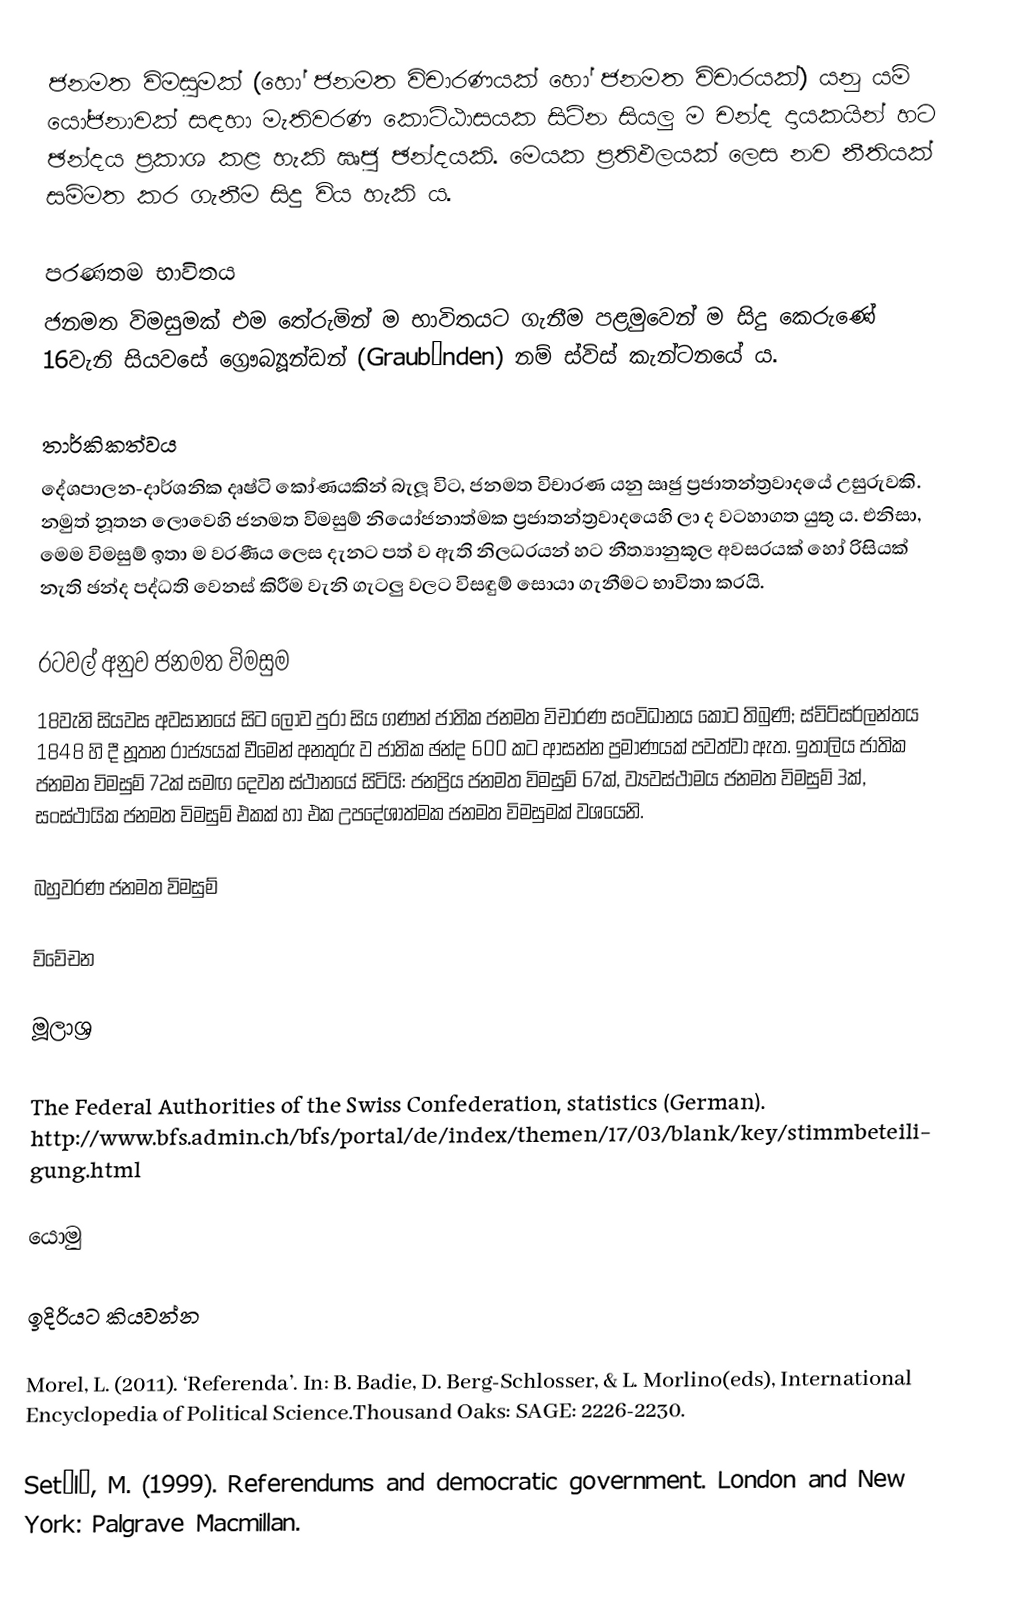
ජනමත විමසුමක් (හෝ ජනමත විචාරණයක් හෝ ජනමත විචාරයක්) යනු යම් යෝජනාවක් සඳහා මැතිවරණ කොට්ඨාසයක සිටින සියලු ම චන්ද දායකයින් හට ඡන්දය ප්‍රකාශ කළ හැකි ඍජු ඡන්දයකි. මෙයක ප්‍රතිඵලයක් ලෙස නව නීතියක් සම්මත කර ගැනීම සිදු විය හැකි ය.

පරණතම භාවිතය
ජනමත විමසුමක් එම තේරුමින් ම භාවිතයට ගැනීම පළමුවෙන් ම සිදු කෙරුණේ 16වැනි සියවසේ ග්‍රෞබ්‍යූන්ඩන් (Graubünden) නම් ස්විස් කැන්ටනයේ ය.

තාර්කිකත්වය
දේශපාලන-දාර්ශනික දෘෂ්ටි කෝණයකින් බැලූ විට, ජනමත විචාරණ යනු ඍජු ප්‍රජාතන්ත්‍රවාදයේ උසුරුවකි. නමුත් නූතන ලොවෙහි ජනමත විමසුම් නියෝජනාත්මක ප්‍රජාතන්ත්‍රවාදයෙහි ලා ද වටහාගත යුතු ය. එනිසා,  මෙම විමසුම් ඉතා ම වරණීය ලෙස දැනට පත් ව ඇති නිලධරයන් හට නීත්‍යානුකූල අවසරයක් හෝ රිසියක් නැති ඡන්ද පද්ධති වෙනස් කිරීම වැනි ගැටලු වලට විසඳුම් සොයා ගැනීමට භාවිතා කරයි.

රටවල් අනුව ජනමත විමසුම 
18වැනි සියවස අවසානයේ සිට ලොව පුරා සිය ගණන් ජාතික ජනමත විචාරණ සංවිධානය කොට තිබුණි; ස්විට්සර්ලන්තය 1848 හි දී නූතන රාජ්‍යයක් වීමෙන් අනතුරු ව ජාතික ඡන්ද 600 කට ආසන්න ප්‍රමාණයක් පවත්වා ඇත. ඉතාලිය ජාතික ජනමත විමසුම් 72ක් සමඟ දෙවන ස්ථානයේ සිටියි: ජනප්‍රිය ජනමත විමසුම් 67ක්, ව්‍යවස්ථාමය ජනමත විමසුම් 3ක්, සංස්ථායික ජනමත විමසුම් එකක් හා එක උපදේශාත්මක ජනමත විමසුමක් වශයෙනි.

බහුවරණ ජනමත විමසුම්

ව්වේචන

මූලාශ්‍ර

 The Federal Authorities of the Swiss Confederation, statistics (German). http://www.bfs.admin.ch/bfs/portal/de/index/themen/17/03/blank/key/stimmbeteiligung.html

යොමු

ඉදිරියට කියවන්න

 Morel, L. (2011). ‘Referenda’. In: B. Badie,  D.  Berg-Schlosser,  &  L.  Morlino(eds), International  Encyclopedia  of  Political Science.Thousand Oaks: SAGE: 2226-2230.

 Setälä, M. (1999). Referendums and democratic government. London and New York: Palgrave Macmillan.